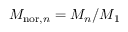
M _ { \mathrm { n o r } , n } = M _ { n } / M _ { 1 }